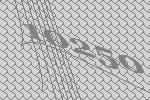
10250